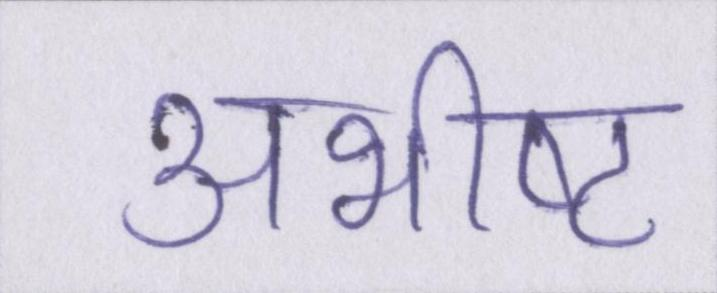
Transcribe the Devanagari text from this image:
अभीष्ट